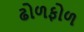
ઢોળફોળ